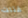
قتلت